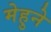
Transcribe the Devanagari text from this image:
मेहुने